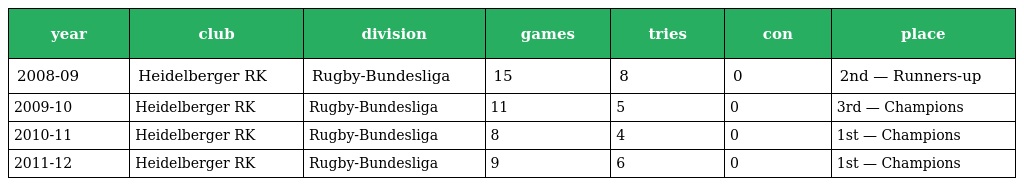
| year | club | division | games | tries | con | place |
 | --- | --- | --- | --- | --- | --- | --- |
 | 2008-09 | Heidelberger RK | Rugby-Bundesliga | 15 | 8 | 0 | 2nd — Runners-up |
 | 2009-10 | Heidelberger RK | Rugby-Bundesliga | 11 | 5 | 0 | 3rd — Champions |
 | 2010-11 | Heidelberger RK | Rugby-Bundesliga | 8 | 4 | 0 | 1st — Champions |
 | 2011-12 | Heidelberger RK | Rugby-Bundesliga | 9 | 6 | 0 | 1st — Champions |